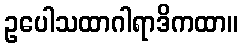
ဥပေါသထာဂါရာဒိကထာ။